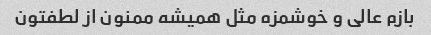
بازم عالی و خوشمزه مثل همیشه ممنون از لطفتون